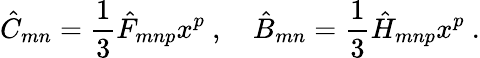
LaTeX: \hat{C}_{mn}=\frac{1}{3}\hat{F}_{mnp}x^{p}\ ,\quad\hat{B}_{mn}=\frac{1}{3}\hat{H}_{mnp}x^{p}\ .